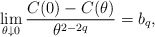
\begin{align*} \lim_{\theta \downarrow 0} \frac{C(0) - C(\theta)}{\theta^{2-2q}} = b_q, \end{align*}